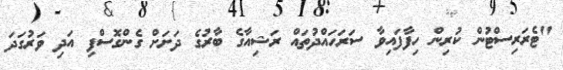
"ޓެރަރިސްޓުން ކުރިން ހިފާފައިވާ ސަރަހައްދުތައް ރަޝިއާގެ ބާރުގެ ދަށަށް ގެންގޮސްފި އަދި ވަރުގަދަ